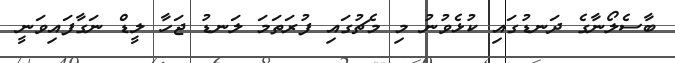
ބާސެލޯނާގެ ދަނޑުގައި ކުޅެވުނު މި މެޗުގައި ފުރަތަމަ ލަނޑު ޖަހާ ލީޑް ނަގާފައިވަނީ